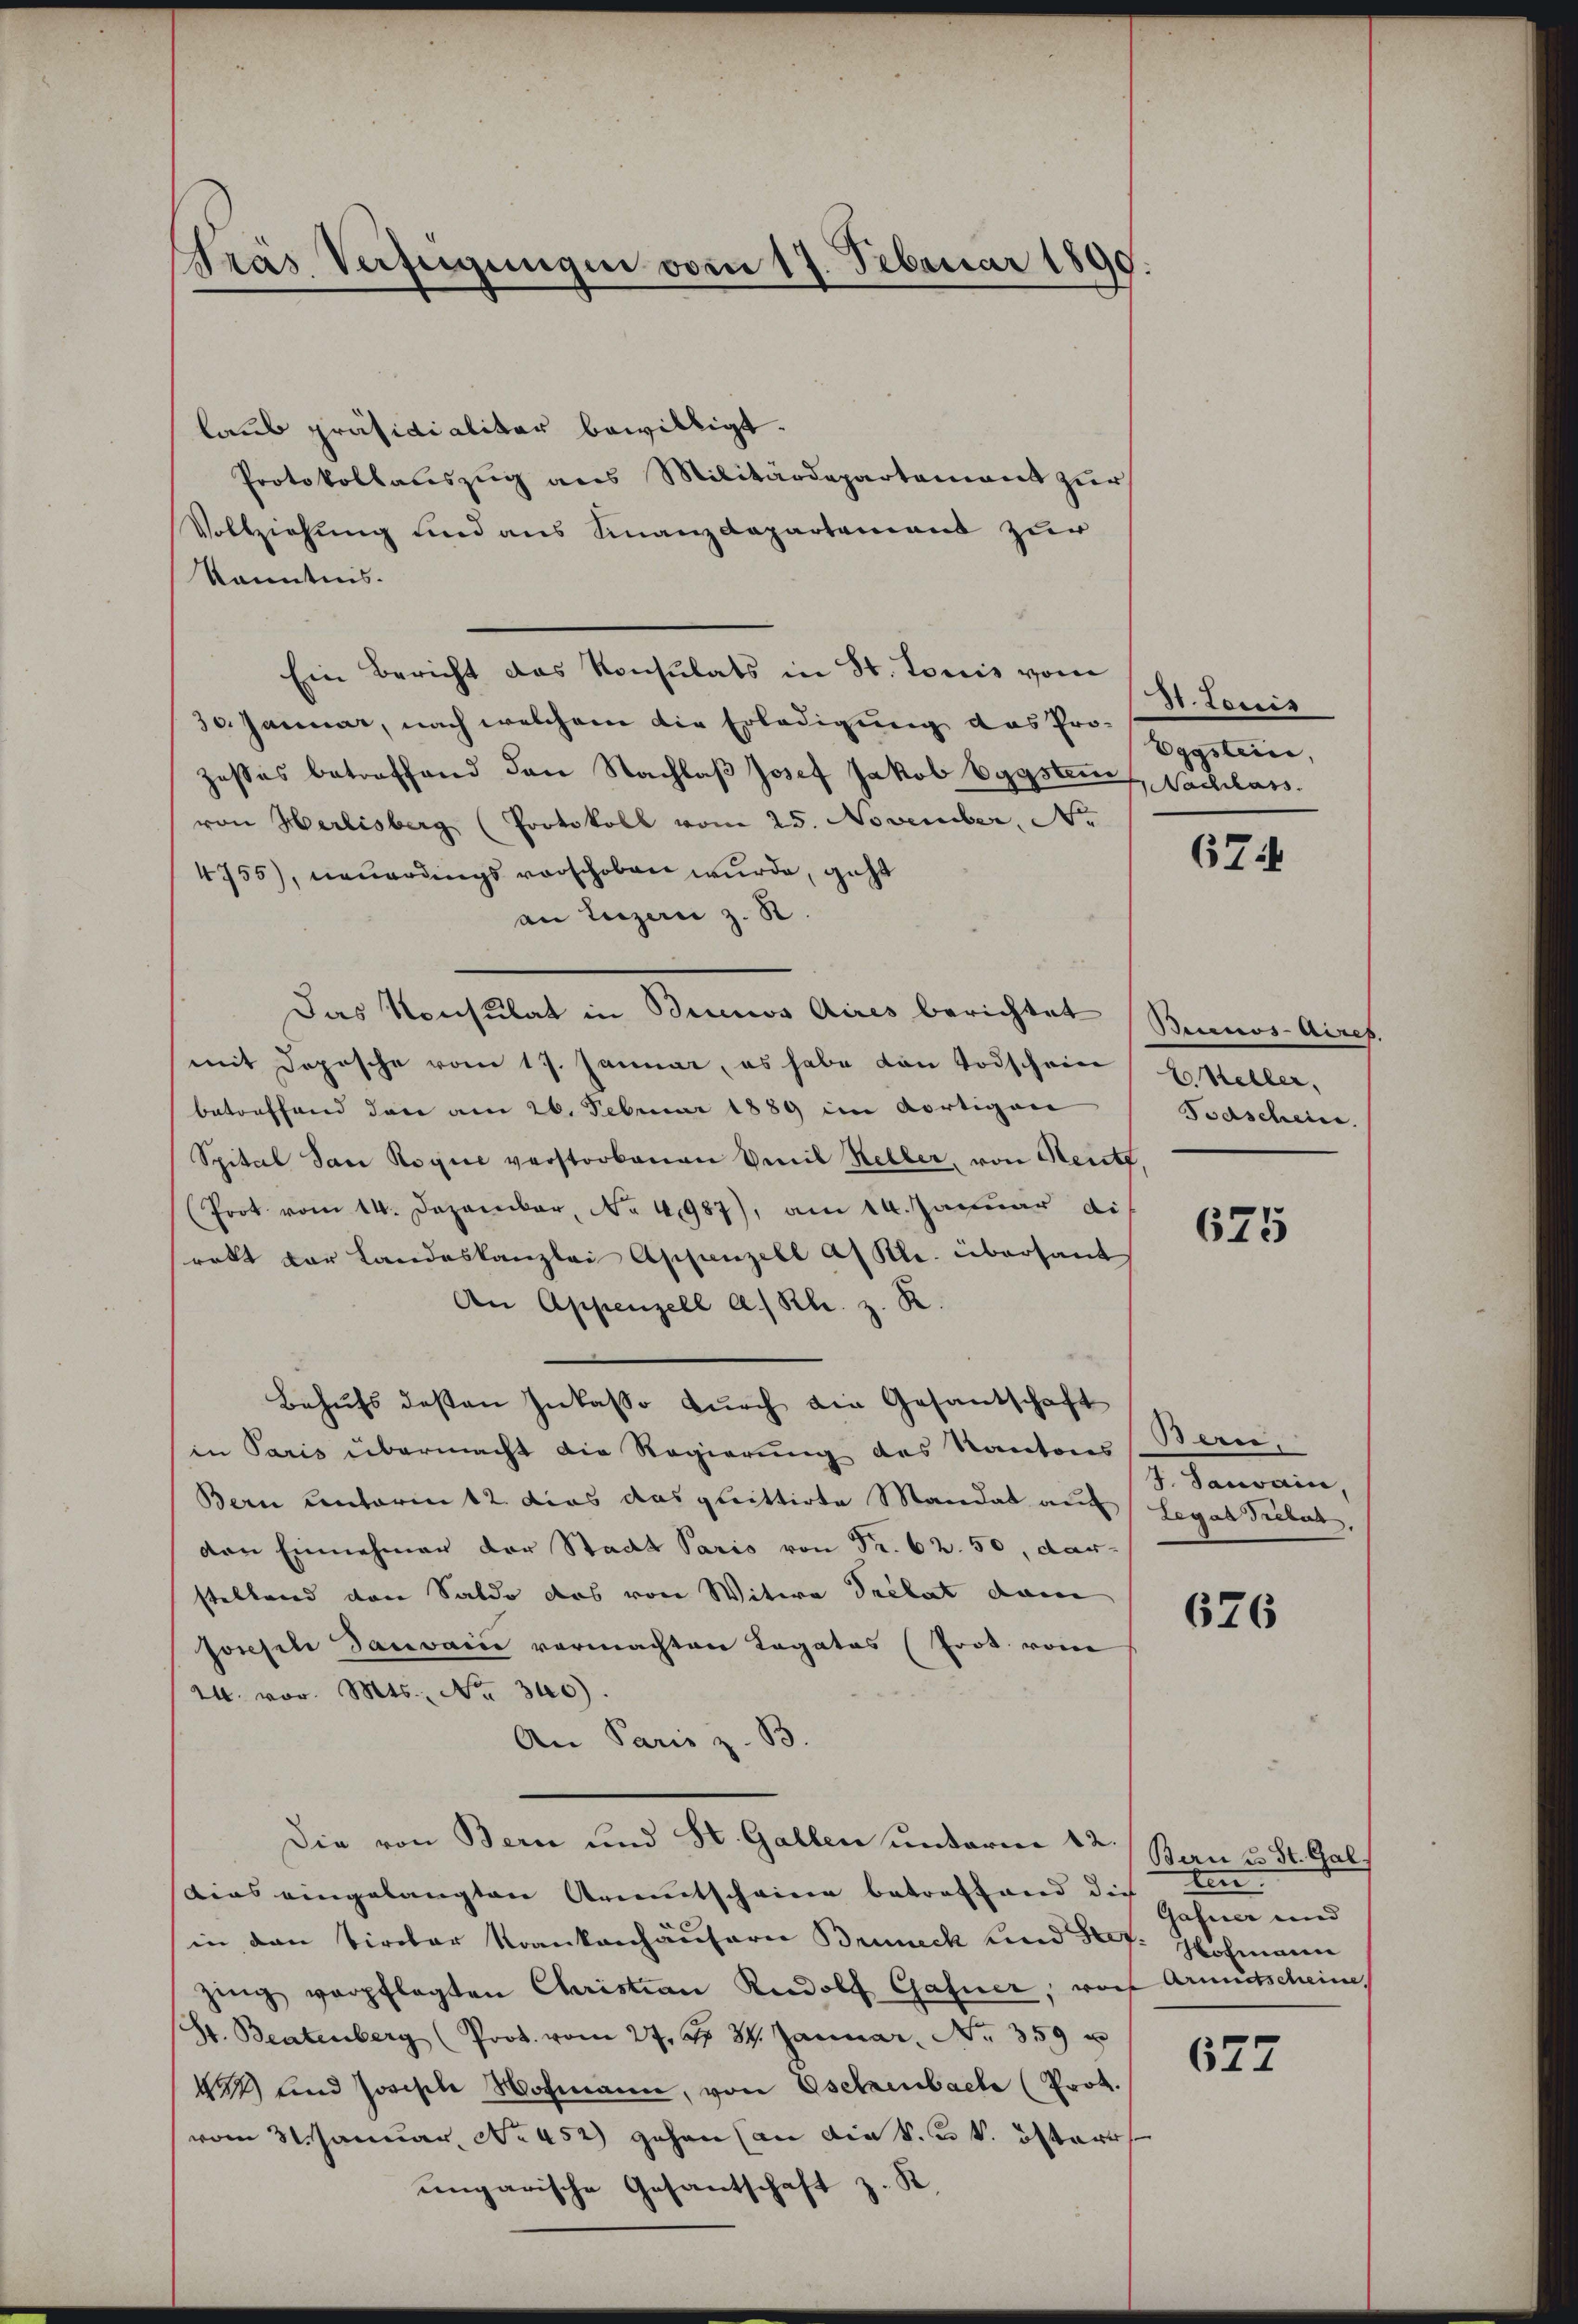
Pras Verfügungen vom 17. Februar 1890
.

laub präsidialitar bewilligt.
Protokollauszug aus Militärdepartement zur
Vollziehung und aus Finanzdepartemend zur
Kenntnis.
Ein Bericht das Konsulats in St. Louis vom
30. Januar, nach welchem die Erledigung das Pro-
zesses betreffend den Nachlaβ Josef Jakob Eggstem
von Herlisberg (Protokoll vom 25. November, No
4755), neuerdings verschoben wurde, geht
an Luzern z. R
Das Konsulat in Buenos Aires berichtet
mit Dopische vom 17. Januar, es habe von Todschein Steller,
betreffend den am 26. Februar 1889 im dortigen
Spital San Rogie verstorbenen Emil Heller, von Heute,
(Prot vom 14. Dezember, No 4987), am 14. Januar di
rakt der Landeskanzlei Appenzell a/ Kl. übersant
An Appenzell a/Rh. z. R.
Behŭfs dessen Inkasso dŭrch die Gesantschaft
in Paris übermacht die Regierung des Kantons Bern,
Bern unterm 12. dies das quittirte Mandat auf legat Trebach,
den Einnehmen der Stadt Paris von Fr. 62. 50, dar-
stellend von Saldo das von Witwe Sellat dann
sossel Savarie vormachten Legatos (Prot. vom
24. vor. Mts. No. 340).
An Paris z. B.
Die von Bern und St. Gallen unterm 12.
dias eingelangten Armentscheine betreffend die
in den Tiroler Krankenhäusern Bruneck und Prof. Hofmann
zing verpflegten Christian Rudolf Gafner, worf Armidtscheine
(St. Beatenberg (Prok. vom 27. Fr. 34. Januar. No. 359 u
144) und sorische Wochmann, von Eselzenbach (Prot.
vom 31. Januar, No 452) gehen (an die k. u. k. österr
ungarische Gesantschaft z. K

31. Louis
Eggstein,
1 Nachlass.

674

Becanos Aires,
Todscheine

675

J. Janvain,

676

Bern u. St. Gal
ten
Gafner und

627